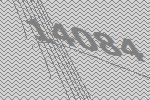
14084